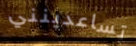
تساعدينني